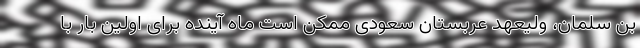
بن سلمان، ولیعهد عربستان سعودی ممکن است ماه آینده برای اولین بار با